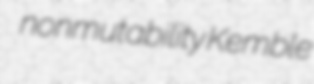
nonmutability Kemble